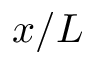
x / L